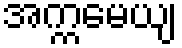
အက္ကမေယျ